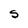
Character: S